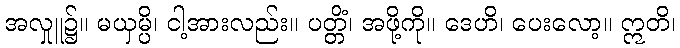
အလှုူ၌။ မယှမ္ပိ၊ ငါ့အားလည်း။ ပတ္တိံ၊ အဖို့ကို။ ဒေဟိ၊ ပေးလော့။ ဣတိ၊